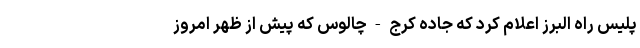
پلیس راه البرز اعلام کرد که جاده کرج - چالوس که پیش از ظهر امروز